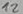
Text: 12